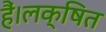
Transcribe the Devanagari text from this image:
हैं।लक्षित